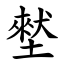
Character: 㙬